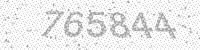
Solution: 765844